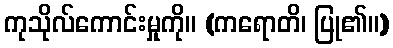
ကုသိုလ်ကောင်းမှုကို။ (ကရောတိ၊ ပြု၏။)